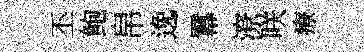
丕鲍帛𨓜羃潦咲療